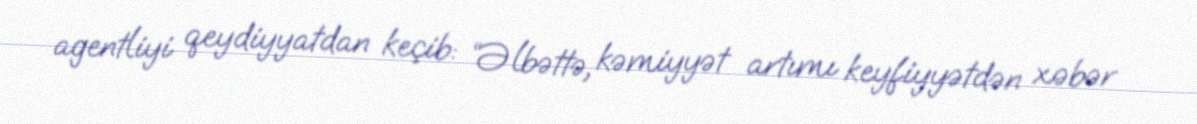
agentliyi qeydiyyatdan keçib: “Əlbəttə, kəmiyyət artımı keyfiyyətdən xəbər